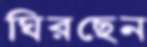
ঘিরছেন